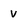
Character: v